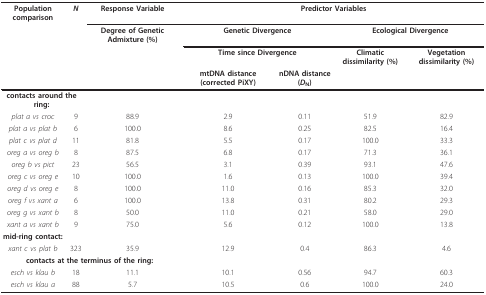
<table><thead><tr><td><b>Population comparison</b></td><td><b><i>N</i></b></td><td><b>Response Variable</b></td><td colspan="4"><b>Predictor Variables</b></td></tr><tr><td></td><td></td><td><b>Degree of Genetic Admixture (%)</b></td><td colspan="2"><b>Genetic Divergence</b></td><td colspan="2"><b>Ecological Divergence</b></td></tr><tr><td></td><td></td><td></td><td colspan="2"><b>Time since Divergence</b></td><td><b>Climatic dissimilarity (%)</b></td><td><b>Vegetation dissimilarity (%)</b></td></tr><tr><td></td><td></td><td></td><td><b>mtDNA distance (corrected PiXY)</b></td><td><b>nDNA distance (<i>D</i><sub>N</sub>)</b></td><td></td><td></td></tr></thead><tbody><tr><td colspan="2"><b>contacts around the ring:</b></td><td></td><td></td><td></td><td></td><td></td></tr><tr><td><i>plat a vs croc</i></td><td>9</td><td>88.9</td><td>2.9</td><td>0.11</td><td>51.9</td><td>82.9</td></tr><tr><td><i>plat a vs plat b</i></td><td>6</td><td>100.0</td><td>8.6</td><td>0.25</td><td>82.5</td><td>16.4</td></tr><tr><td><i>plat c vs plat d</i></td><td>11</td><td>81.8</td><td>5.5</td><td>0.17</td><td>100.0</td><td>33.3</td></tr><tr><td><i>oreg a vs oreg b</i></td><td>8</td><td>87.5</td><td>6.8</td><td>0.17</td><td>71.3</td><td>36.1</td></tr><tr><td><i>oreg b vs pict</i></td><td>23</td><td>56.5</td><td>3.1</td><td>0.39</td><td>93.1</td><td>47.6</td></tr><tr><td><i>oreg c vs oreg e</i></td><td>10</td><td>100.0</td><td>1.6</td><td>0.13</td><td>100.0</td><td>39.4</td></tr><tr><td><i>oreg d vs oreg e</i></td><td>8</td><td>100.0</td><td>11.0</td><td>0.16</td><td>85.3</td><td>32.0</td></tr><tr><td><i>oreg f vs xant a</i></td><td>6</td><td>100.0</td><td>13.8</td><td>0.31</td><td>80.2</td><td>29.3</td></tr><tr><td><i>oreg g vs xant b</i></td><td>8</td><td>50.0</td><td>11.0</td><td>0.21</td><td>58.0</td><td>29.0</td></tr><tr><td><i>xant a vs xant b</i></td><td>9</td><td>75.0</td><td>5.6</td><td>0.12</td><td>100.0</td><td>13.8</td></tr><tr><td><b>mid-ring contact:</b></td><td></td><td></td><td></td><td></td><td></td><td></td></tr><tr><td><i>xant c vs plat b</i></td><td>323</td><td>35.9</td><td>12.9</td><td>0.4</td><td>86.3</td><td>4.6</td></tr><tr><td colspan="3"><b>contacts at the terminus of the ring:</b></td><td></td><td></td><td></td><td></td></tr><tr><td><i>esch vs klau b</i></td><td>18</td><td>11.1</td><td>10.1</td><td>0.56</td><td>94.7</td><td>60.3</td></tr><tr><td><i>esch vs klau a</i></td><td>88</td><td>5.7</td><td>10.5</td><td>0.6</td><td>100.0</td><td>24.0</td></tr></tbody></table>